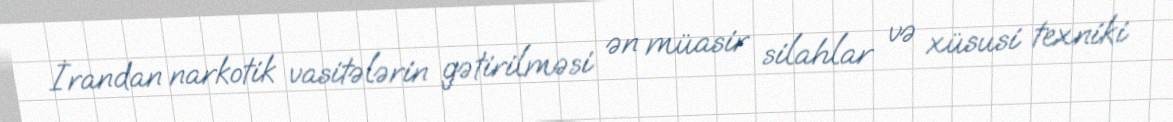
İrandan narkotik vasitələrin gətirilməsi ən müasir silahlar və xüsusi texniki